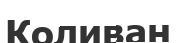
Коливан